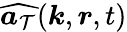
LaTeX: \widehat{\boldsymbol{a}_{\mathcal{T}}}(\boldsymbol{k},\boldsymbol{r},t)